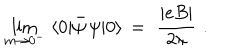
\lim _ { m \rightarrow 0 ^ { - } } \, \, \langle 0 | \bar { \psi } \, \psi | 0 \rangle \, = \, \, \frac { | e B | } { 2 \pi } \, \, .